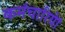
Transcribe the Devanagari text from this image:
कर्मचारियेां